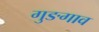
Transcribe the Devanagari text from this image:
गुङगाव